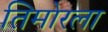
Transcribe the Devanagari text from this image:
तिमोरला